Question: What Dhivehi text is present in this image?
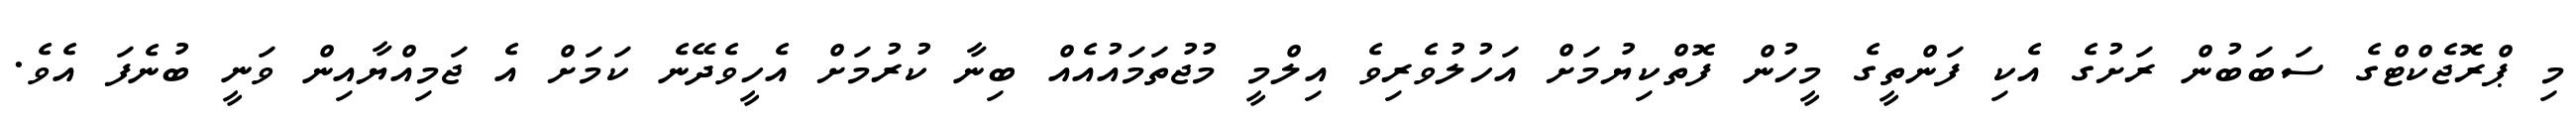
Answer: މި ޕްރޮޖެކްޓްގެ ސަބަބުން ރަށުގެ އެކި ފަންތީގެ މީހުން ފޮތްކިޔުމަށް އަހުލުވެރިވެ އިލްމީ މުޖުތަމައުއެއް ބިނާ ކުރުމަށް އެހީވެދޭނެ ކަމަށް އެ ޖަމިއްޔާއިން ވަނީ ބުނެފަ އެވެ.